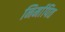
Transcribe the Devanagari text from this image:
निर्मापित